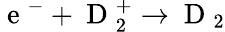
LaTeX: \mathrm{~e~}^{-}+\mathrm{~D~}_{2}^{+}\rightarrow\mathrm{~D~}_{2}